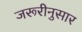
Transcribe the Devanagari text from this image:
जरूरीनुसार